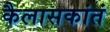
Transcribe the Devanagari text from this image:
कैलासकांतं